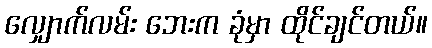
လျှောက်လမ်း ဘေးက ခုံမှာ ထိုင်ချင်တယ်။